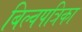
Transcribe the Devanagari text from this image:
बिल्वपत्रिका